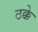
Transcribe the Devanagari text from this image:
ठक्के